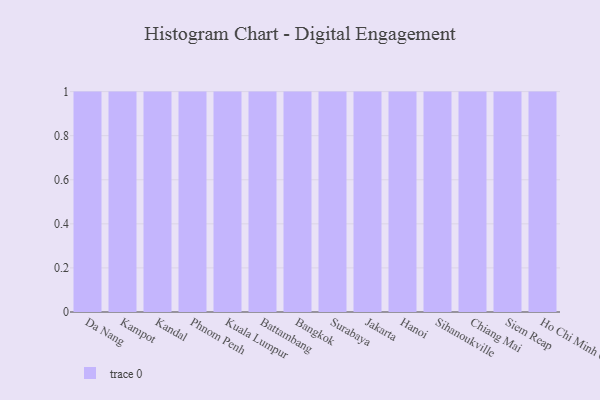
{"axis": {"x": "City", "y": "LTV (USD)"}, "legend": [""], "data": [{"x": "Da Nang", "y": 44, "type": ""}, {"x": "Kampot", "y": 30, "type": ""}, {"x": "Kandal", "y": 65, "type": ""}, {"x": "Phnom Penh", "y": 85, "type": ""}, {"x": "Kuala Lumpur", "y": 94, "type": ""}, {"x": "Battambang", "y": 27, "type": ""}, {"x": "Bangkok", "y": 80, "type": ""}, {"x": "Surabaya", "y": 76, "type": ""}, {"x": "Jakarta", "y": 72, "type": ""}, {"x": "Hanoi", "y": 77, "type": ""}, {"x": "Sihanoukville", "y": 82, "type": ""}, {"x": "Chiang Mai", "y": 11, "type": ""}, {"x": "Siem Reap", "y": 17, "type": ""}, {"x": "Ho Chi Minh City", "y": 27, "type": ""}]}